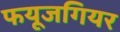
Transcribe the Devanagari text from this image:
फयूजगियर